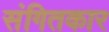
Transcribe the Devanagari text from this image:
संगितकार